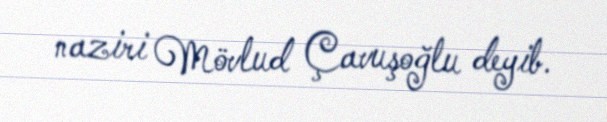
naziri Mövlud Çavuşoğlu deyib.